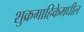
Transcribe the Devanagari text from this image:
शुक्रगाहिकेमधील